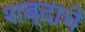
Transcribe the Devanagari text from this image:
शब्‍दाचे